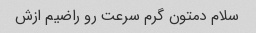
سلام دمتون گرم سرعت رو راضیم ازش